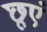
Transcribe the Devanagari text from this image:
छूएं